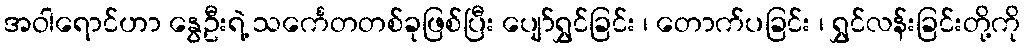
အဝါရောင်ဟာ နွေဦးရဲ့ သင်္ကေတတစ်ခုဖြစ်ပြီး ပျော်ရွှင်ခြင်း ၊ တောက်ပခြင်း ၊ ရွှင်လန်းခြင်းတို့ကို